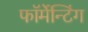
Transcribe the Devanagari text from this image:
फॉर्मेन्टिंग